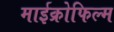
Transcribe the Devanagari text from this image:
माईक्रोफिल्म